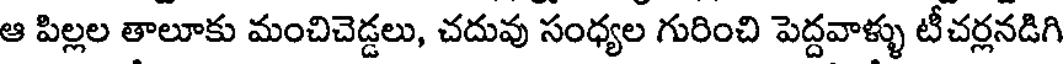
ఆ పిల్లల తాలూకు మంచిచెడ్డలు, చదువు సంధ్యల గురించి పెద్దవాళ్ళు టీచర్లనడిగి